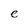
Character: e